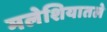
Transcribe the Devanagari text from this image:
मलेशियातले